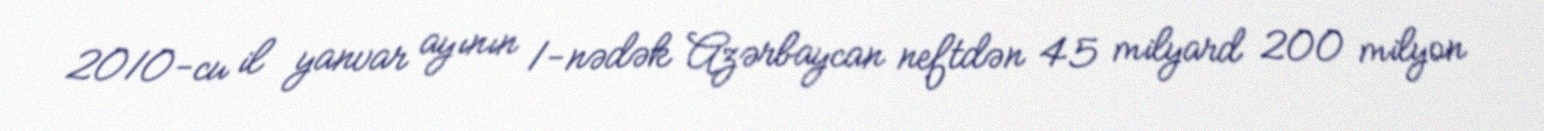
2010-cu il yanvar ayının 1-nədək Azərbaycan neftdən 45 milyard 200 milyon